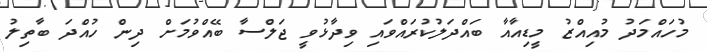
މުހައްމަދު މުއިއްޒު މީޑިއާއާ ބައްދަލުކުރައްވައި ވިދާޅުވީ ޖަލްސާ ބޭއްވުމަށް ދިން ހުއްދަ ބާތިލު